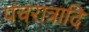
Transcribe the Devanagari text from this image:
पंचरात्रादि